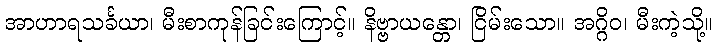
အာဟာရသင်္ခယာ၊ မီးစာကုန်ခြင်းကြောင့်။ နိဗ္ဗာယန္တော၊ ငြိမ်းသော။ အဂ္ဂိဝ၊ မီးကဲ့သို့။